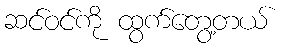
ဆင်ဝင်ကို ထွက်တွေ့တယ်